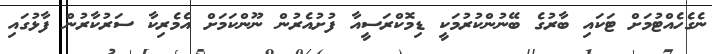
ނެގެހެއްޓުމަށް ޓަކައި ބާރުގެ ބޭނުންކުރުމަކީ ޑިމޮކްރަސީއާ ފުށުއެރުން ނޫންކަމަށް އެމެރިކާ ސަރުކާރުން ފާޅުގައި